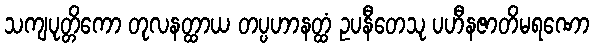
သကျပုတ္တိကော တုလနတ္ထာယ တပ္ပဟာနတ္ထံ ဥပနီတေသု ပဟီနဇာတိမရဏော